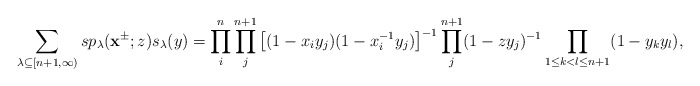
\begin{align*}\sum_{\lambda\subseteq [n+1,\infty)}sp_\lambda(\mathbf{x}^{\pm};z)s_\lambda(y)=\prod^{n}_{i}\prod^{n+1}_{j}\left[(1-x_iy_j)(1-x^{-1}_iy_j)\right]^{-1}\prod^{n+1}_{j}(1-zy_j)^{-1}\prod_{1\leq k< l\leq n+1}(1-y_ky_l),\end{align*}